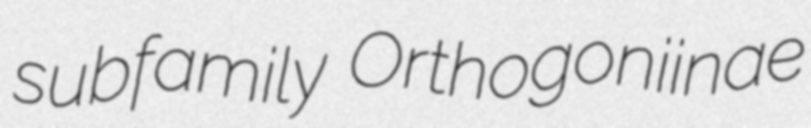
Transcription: subfamily Orthogoniinae